Vaccination in Bombay 1869-1873 - 1869-1873
Year: 1869
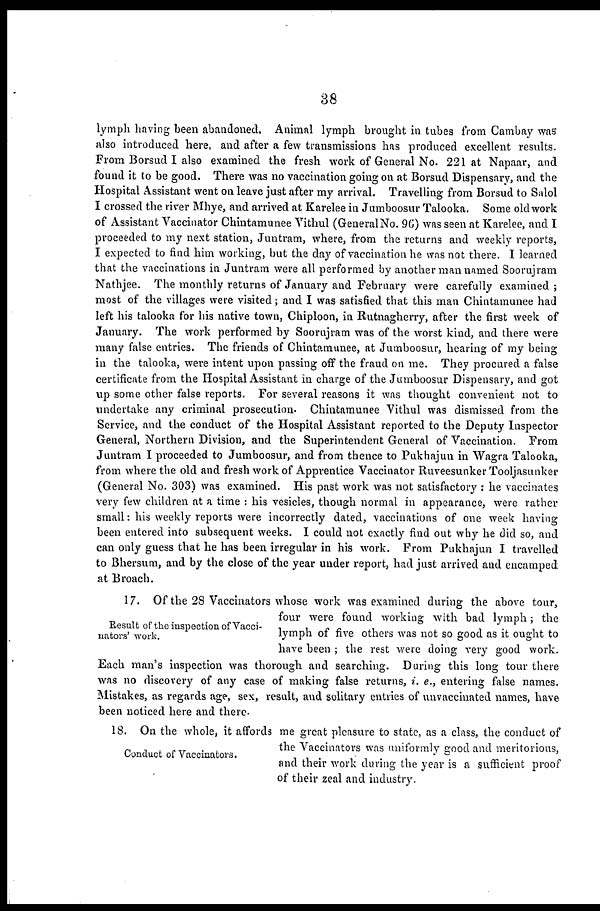
38
lymph having been abandoned. Animal lymph brought in tubes from Cambay was
also introduced here, and after a few transmissions has produced excellent results.
From Borsud I also examined the fresh work of General No. 221 at Napaar, and
found it to be good. There was no vaccination going on at Borsud Dispensary, and the
Hospital Assistant went on leave just after my arrival. Travelling from Borsud to Salol
I crossed the river Mhye, and arrived at Karelee in Jumboosur Talooka. Some old work
of Assistant Vaccinator Chintamunee Vithul (GeneralNo. 96) was seen at Karelee, and I
proceeded to my next station, Juntram, where, from the returns and weekly reports,
I expected to find him working, but the day of vaccination he was not there. I learned
that the vaccinations in Juntram were all performed by another man named Soorujram
Nathjee. The monthly returns of January and February were carefully examined ;
most of the villages were visited; and I was satisfied that this man Chintamunee had
left his talooka for his native town, Chiploon, in Rutnagherry, after the first week of
January. The work performed by Soorujram was of the worst kind, and there were
many false entries. The friends of Chintamunee, at Jumboosur, hearing of my being
in the talooka, were intent upon passing off the fraud on me. They procured a false
certificate from the Hospital Assistant in charge of the Jumboosur Dispensary, and got
up some other false reports. For several reasons it was thought convenient not to
undertake any criminal prosecution. Chintamunee Vithul was dismissed from the
Service, and the conduct of the Hospital Assistant reported to the Deputy Inspector
General, Northern Division, and the Superintendent General of Vaccination. From
Juntram I proceeded to Jumboosur, and from thence to Pukhajun in Wagra Talooka,
from where the old and fresh work of Apprentice Vaccinator Ruveesunker Tooljasunker
(General No. 303) was examined. His past work was not satisfactory : he vaccinates
very few children at a time : his vesicles, though normal in appearance, were rather
small: his weekly reports were incorrectly dated, vaccinations of one week having
been entered into subsequent weeks. I could not exactly find out why he did so, and
can only guess that he has been irregular in his work. From Pukhajun I travelled
to Bhersum, and by the close of the year under report, had just arrived and encamped
at Broach.
Result of the inspection of Vacci-
nators' work.
17. Of the 28 Vaccinators whose work was examined during the above tour,
four were found working with bad lymph; the
lymph of five others was not so good as it ought to
have been ; the rest were doing very good work.
Each man's inspection was thorough and searching. During this long tour there
was no discovery of any case of making false returns, i. e., entering false names.
Mistakes, as regards age, sex, result, and solitary entries of unvaccinated names, have
been noticed here and there.
Conduct of Vaccinators.
18. On the whole, it affords me great pleasure to state, as a class, the conduct of
the Vaccinators was uniformly good and meritorious,
and their work during the year is a sufficient proof
of their zeal and industry.